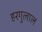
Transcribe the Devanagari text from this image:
हरगुलाल